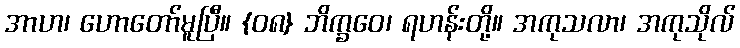
အာဟ၊ ဟောတော်မူပြီ။ {၀၈} ဘိက္ခဝေ၊ ရဟန်းတို့။ အကုသလာ၊ အကုသိုလ်